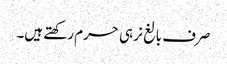
صرف بالغ نر ہی حرم رکھتے ہیں۔